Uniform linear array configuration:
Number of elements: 64
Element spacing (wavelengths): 0.75
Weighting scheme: hamming
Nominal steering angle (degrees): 15
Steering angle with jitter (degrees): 14.433
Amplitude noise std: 0.05
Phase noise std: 0.05

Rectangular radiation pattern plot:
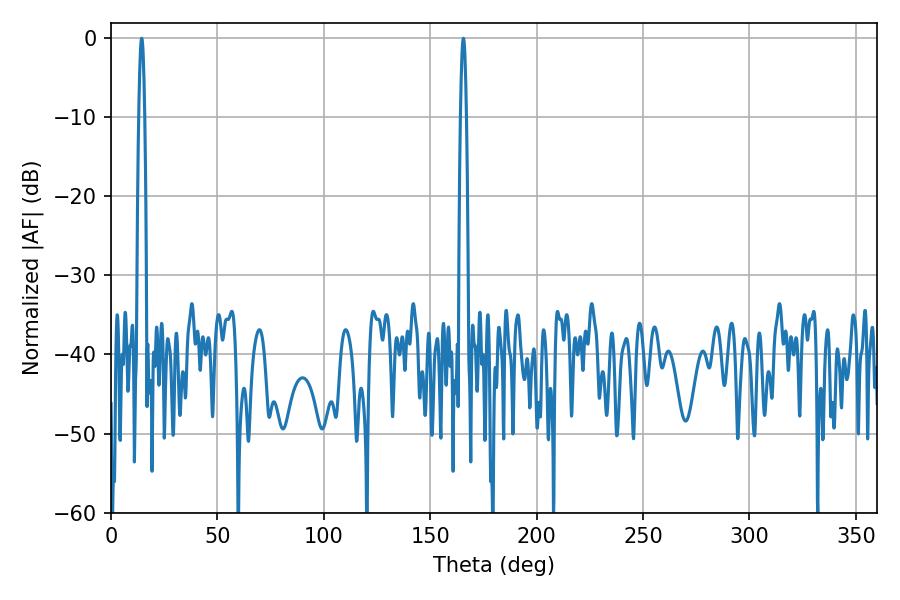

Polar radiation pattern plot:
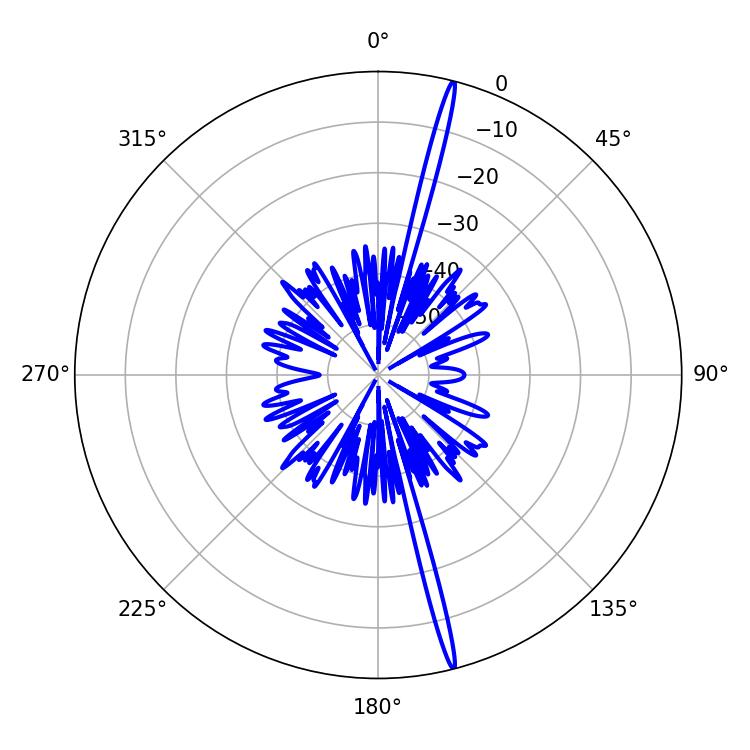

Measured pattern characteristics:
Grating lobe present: TRUE
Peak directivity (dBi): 21.311
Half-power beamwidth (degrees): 1.44
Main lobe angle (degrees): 14.4